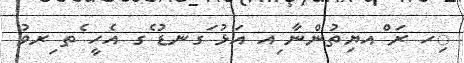
ިހ ރަ ްއޔިތުންނާ ިއ އަޅު ަގނޑު ެގ އެހީ ެތ ިރވު